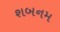
શબનમ